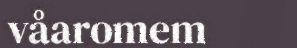
våaromem